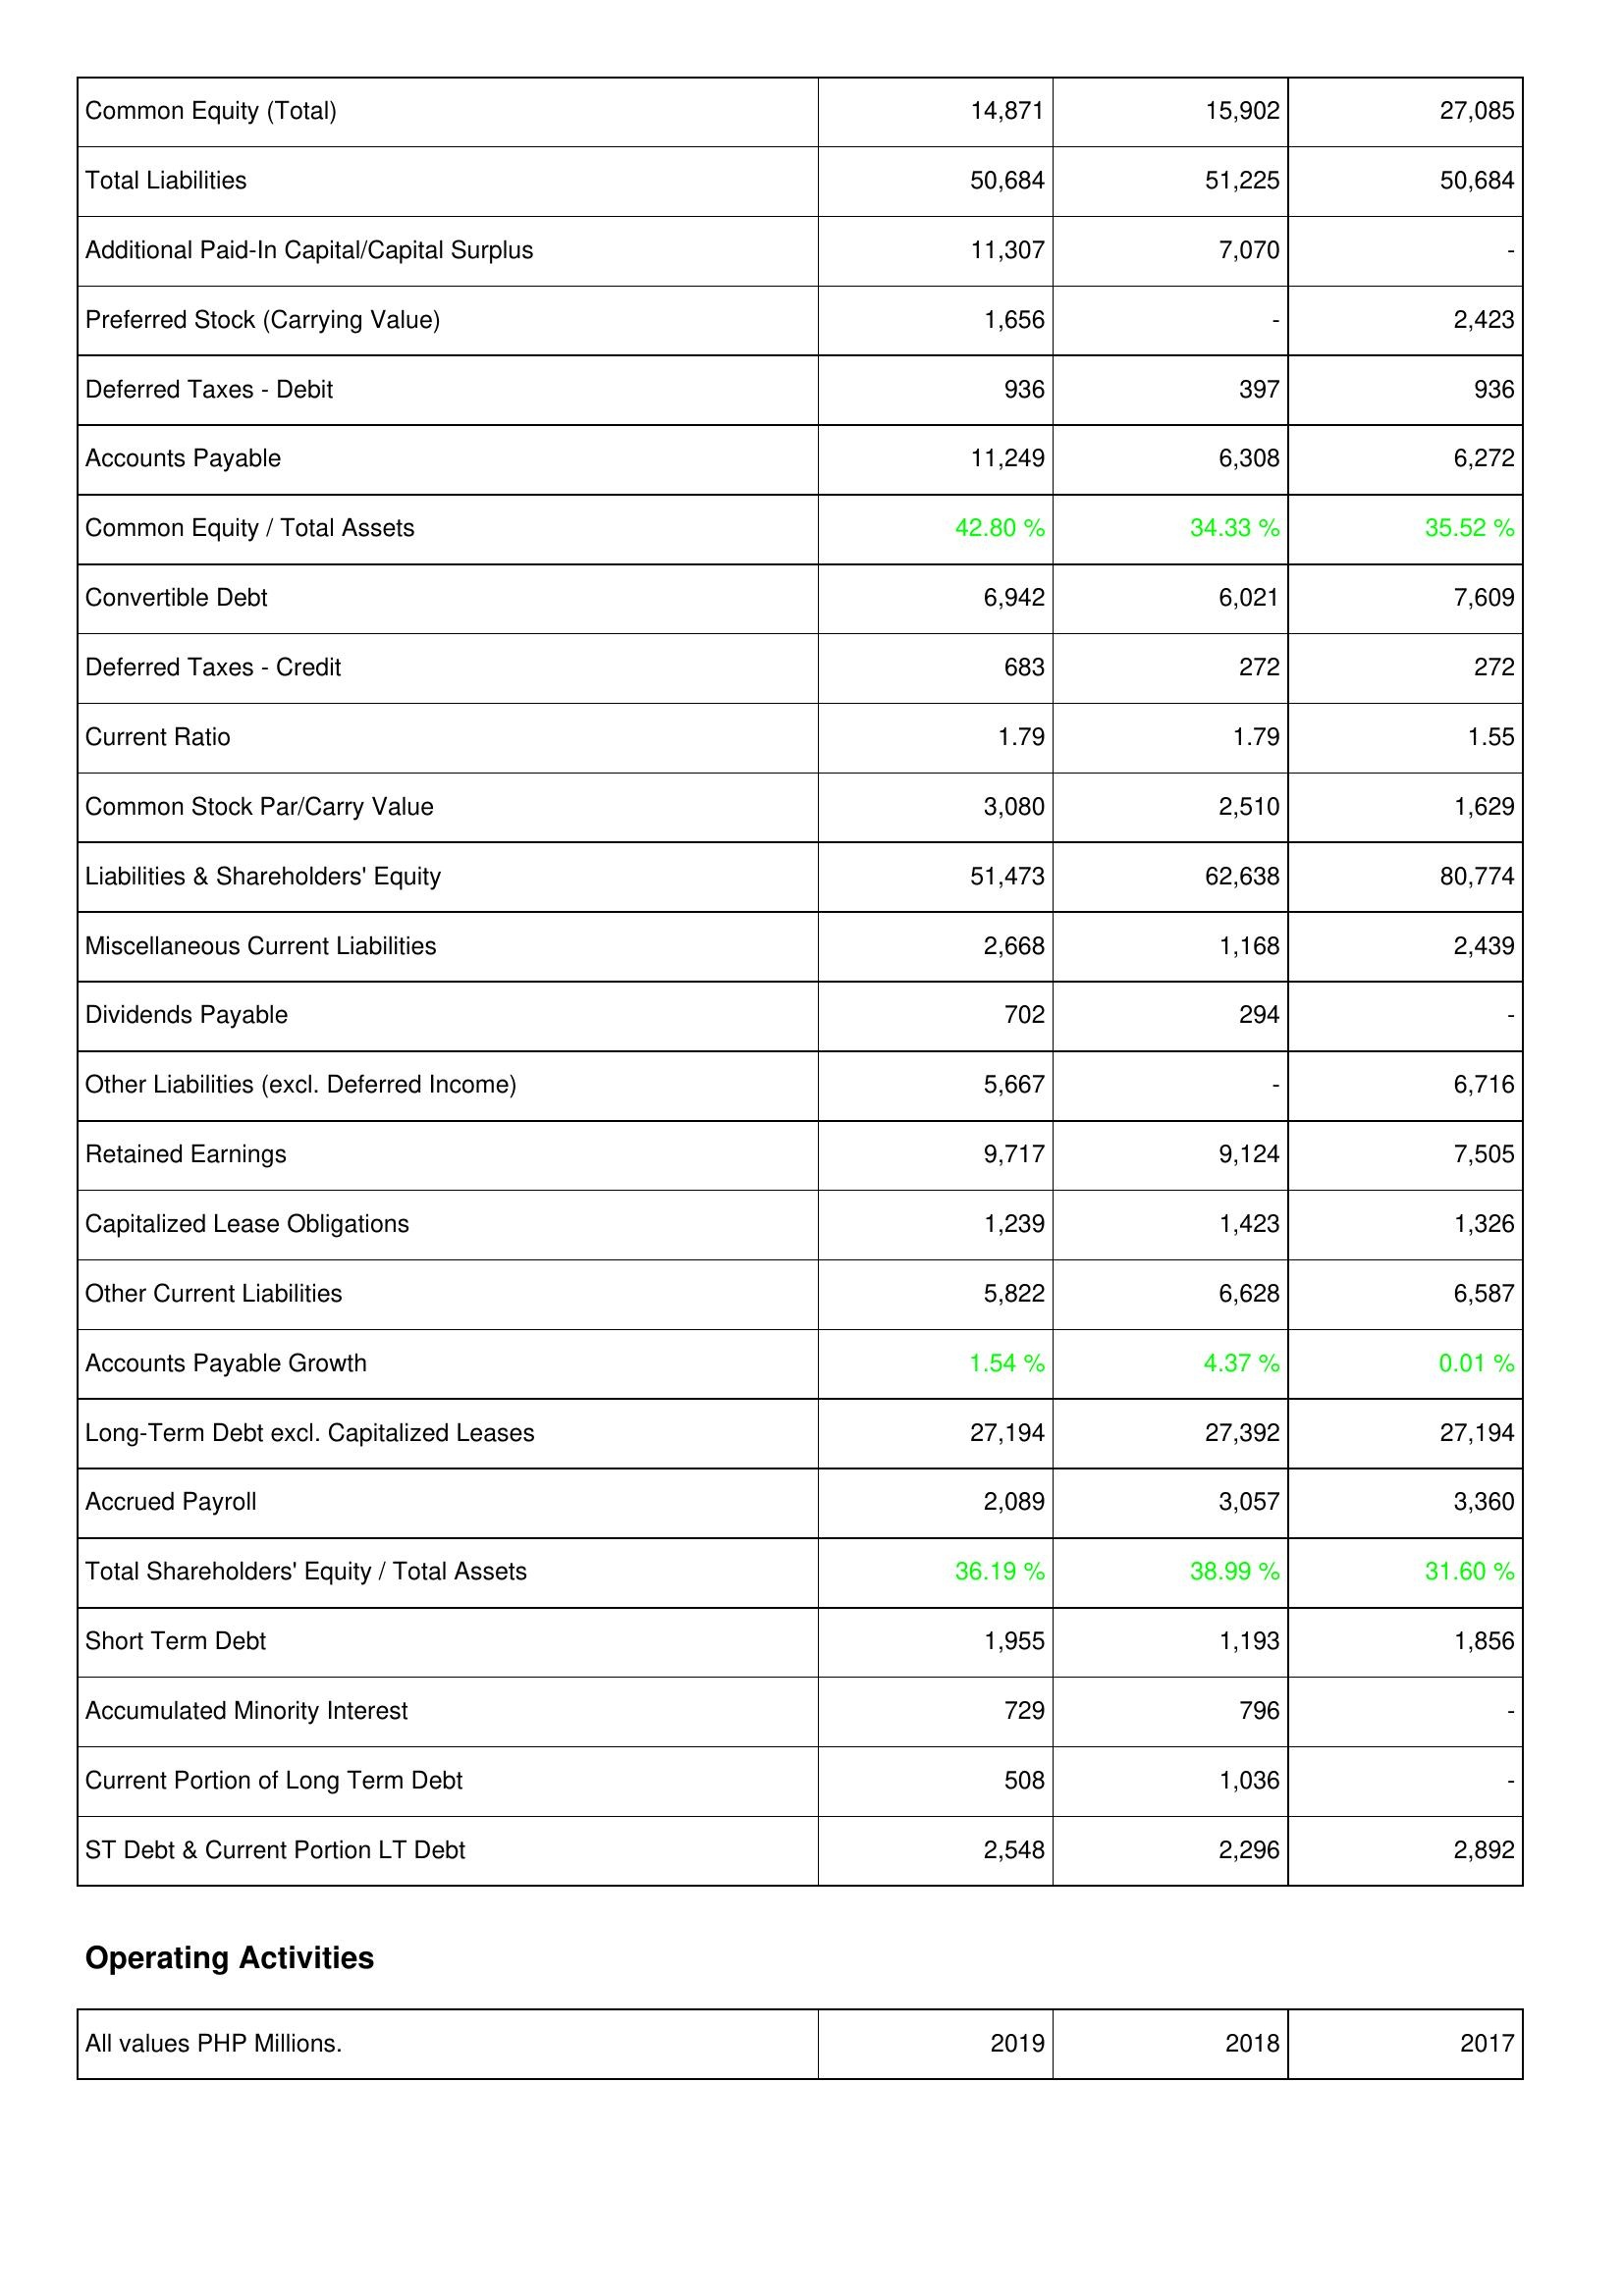
2019: Liabilities & Shareholders' Equity: Common Equity (Total): 14,871
Total Liabilities: 50,684
Additional Paid-In Capital/Capital Surplus: 11,307
Preferred Stock (Carrying Value): 1,656
Deferred Taxes - Debit: 936
Accounts Payable: 11,249
Common Equity / Total Assets: 42.80 %
Convertible Debt: 6,942
Deferred Taxes - Credit: 683
Current Ratio: 1.79
Common Stock Par/Carry Value: 3,080
Liabilities & Shareholders' Equity: 51,473
Miscellaneous Current Liabilities: 2,668
Dividends Payable: 702
Other Liabilities (excl. Deferred Income): 5,667
Retained Earnings: 9,717
Capitalized Lease Obligations: 1,239
Other Current Liabilities: 5,822
Accounts Payable Growth: 1.54 %
Long-Term Debt excl. Capitalized Leases: 27,194
Accrued Payroll: 2,089
Total Shareholders' Equity / Total Assets: 36.19 %
Short Term Debt: 1,955
Accumulated Minority Interest: 729
Current Portion of Long Term Debt: 508
ST Debt & Current Portion LT Debt: 2,548
2018: Liabilities & Shareholders' Equity: Common Equity (Total): 15,902
Total Liabilities: 51,225
Additional Paid-In Capital/Capital Surplus: 7,070
Preferred Stock (Carrying Value): -
Deferred Taxes - Debit: 397
Accounts Payable: 6,308
Common Equity / Total Assets: 34.33 %
Convertible Debt: 6,021
Deferred Taxes - Credit: 272
Current Ratio: 1.79
Common Stock Par/Carry Value: 2,510
Liabilities & Shareholders' Equity: 62,638
Miscellaneous Current Liabilities: 1,168
Dividends Payable: 294
Other Liabilities (excl. Deferred Income): -
Retained Earnings: 9,124
Capitalized Lease Obligations: 1,423
Other Current Liabilities: 6,628
Accounts Payable Growth: 4.37 %
Long-Term Debt excl. Capitalized Leases: 27,392
Accrued Payroll: 3,057
Total Shareholders' Equity / Total Assets: 38.99 %
Short Term Debt: 1,193
Accumulated Minority Interest: 796
Current Portion of Long Term Debt: 1,036
ST Debt & Current Portion LT Debt: 2,296
2017: Liabilities & Shareholders' Equity: Common Equity (Total): 27,085
Total Liabilities: 50,684
Additional Paid-In Capital/Capital Surplus: -
Preferred Stock (Carrying Value): 2,423
Deferred Taxes - Debit: 936
Accounts Payable: 6,272
Common Equity / Total Assets: 35.52 %
Convertible Debt: 7,609
Deferred Taxes - Credit: 272
Current Ratio: 1.55
Common Stock Par/Carry Value: 1,629
Liabilities & Shareholders' Equity: 80,774
Miscellaneous Current Liabilities: 2,439
Dividends Payable: -
Other Liabilities (excl. Deferred Income): 6,716
Retained Earnings: 7,505
Capitalized Lease Obligations: 1,326
Other Current Liabilities: 6,587
Accounts Payable Growth: 0.01 %
Long-Term Debt excl. Capitalized Leases: 27,194
Accrued Payroll: 3,360
Total Shareholders' Equity / Total Assets: 31.60 %
Short Term Debt: 1,856
Accumulated Minority Interest: -
Current Portion of Long Term Debt: -
ST Debt & Current Portion LT Debt: 2,892